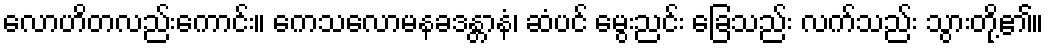
လောဟိတလည်းကောင်း။ ကေသလောမနခဒန္တာနံ၊ ဆံပင် မွေးညင်း ခြေသည်း လက်သည်း သွားတို့၏။